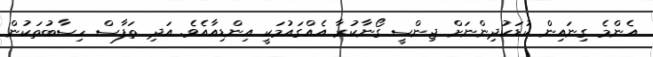
އެންމެ ގިނައިން ކުޑަކުދިންނަށް ޖިންސީ ގޯނާކުރާ އެއްގައުމަކީ އިންޑިއާއެވެ. އަދި ތަފާސް ހިސާބުތަކުން